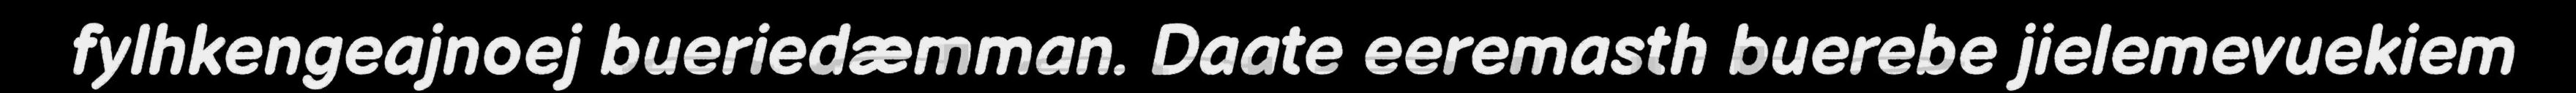
fylhkengeajnoej bueriedæmman. Daate eeremasth buerebe jielemevuekiem